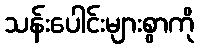
သန်းပေါင်းများစွာကို